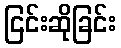
ငြင်းဆိုခြင်း